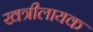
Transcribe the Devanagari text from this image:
खत्रीलायक